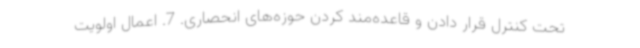
تحت کنترل قرار دادن و قاعده‌مند کردن حوزه‌های انحصاری. 7. اعمال اولویت